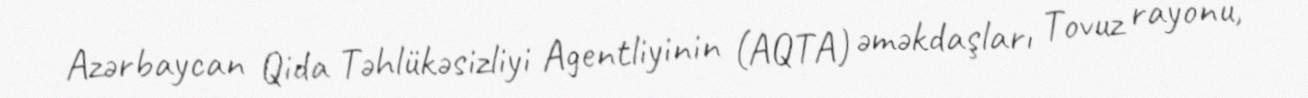
Azərbaycan Qida Təhlükəsizliyi Agentliyinin (AQTA) əməkdaşları Tovuz rayonu,